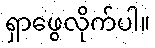
ရှာဖွေလိုက်ပါ။